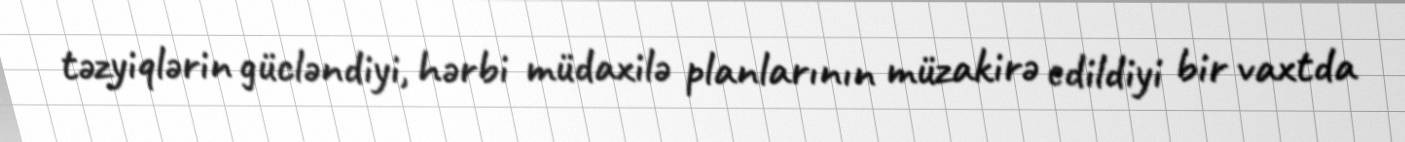
təzyiqlərin gücləndiyi, hərbi müdaxilə planlarının müzakirə edildiyi bir vaxtda